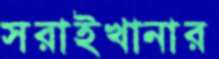
সরাইখানার